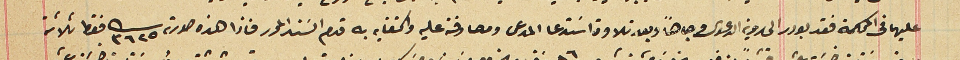
عليهما فى المحكمة فقد بودر الى روية الدعوى وجاهاً وبعد تلاوة اسَتدعا المدعى ومصادقته عليه واكتفايه به قدم السَند المحرر فاذا هذه صورته ٣٦٢٥ فقط ثلاثة